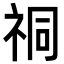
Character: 𫀈